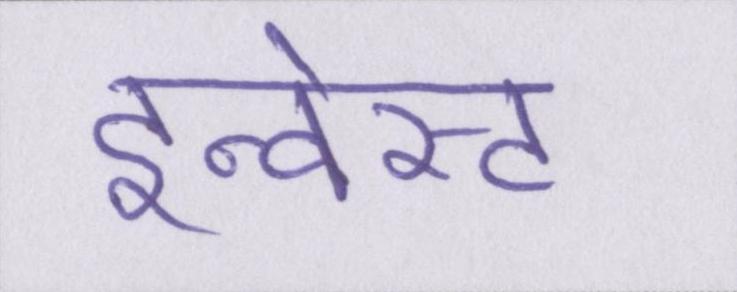
इन्वेस्ट